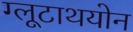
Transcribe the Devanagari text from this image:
ग्लूटाथयोन